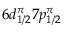
6 d _ { 1 / 2 } ^ { \pi } 7 p _ { 1 / 2 } ^ { \pi }